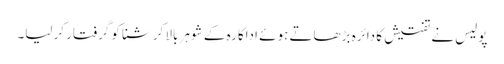
پولیس نے تفتیش کا دائرہ بڑھاتے ہوئے اداکارہ کے شوہر بالا کرشنا کو گرفتار کرلیا۔